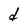
Character: d